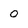
Character: o